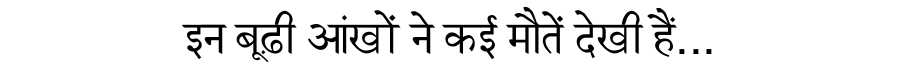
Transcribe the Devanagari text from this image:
इन बूढ़ी आंखों ने कई मौतें देखी हैं...